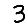
Digit: 3